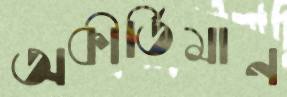
অকীর্তিমান